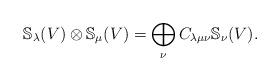
LaTeX: \begin{align*}\mathbb{S}_{\lambda}(V) \otimes \mathbb{S}_{\mu}(V)=\bigoplus_{\nu}C_{\lambda\mu\nu}\mathbb{S}_{\nu}(V).\end{align*}